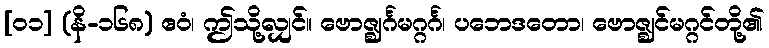
[၀၁] (နိ-၁၆၈) ဧဝံ၊ ဤသို့လျှင်။ ဗောဇ္ဈင်္ဂမဂ္ဂင်္ဂ၊ ပဘေဒတော၊ ဗောဇ္ဈင်မဂ္ဂင်တို့၏